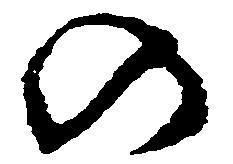
の